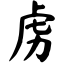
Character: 虏